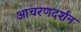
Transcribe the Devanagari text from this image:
आचरणदर्शन